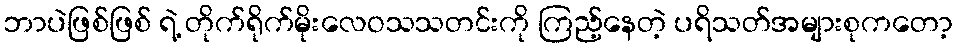
ဘာပဲဖြစ်ဖြစ် ရဲ့ တိုက်ရိုက်မိုးလေဝသသတင်းကို ကြည့်နေတဲ့ ပရိသတ်အများစုကတော့